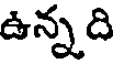
ఉన్నది